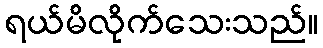
ရယ်မိလိုက်သေးသည်။